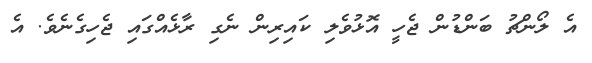
އެ ލޯންޗު ބަންޑުން ޖެހީ އޮޅުވެލި ކައިރިން ނެގި ރާޅެއްގައި ޖެހިގެނެވެ. އެ